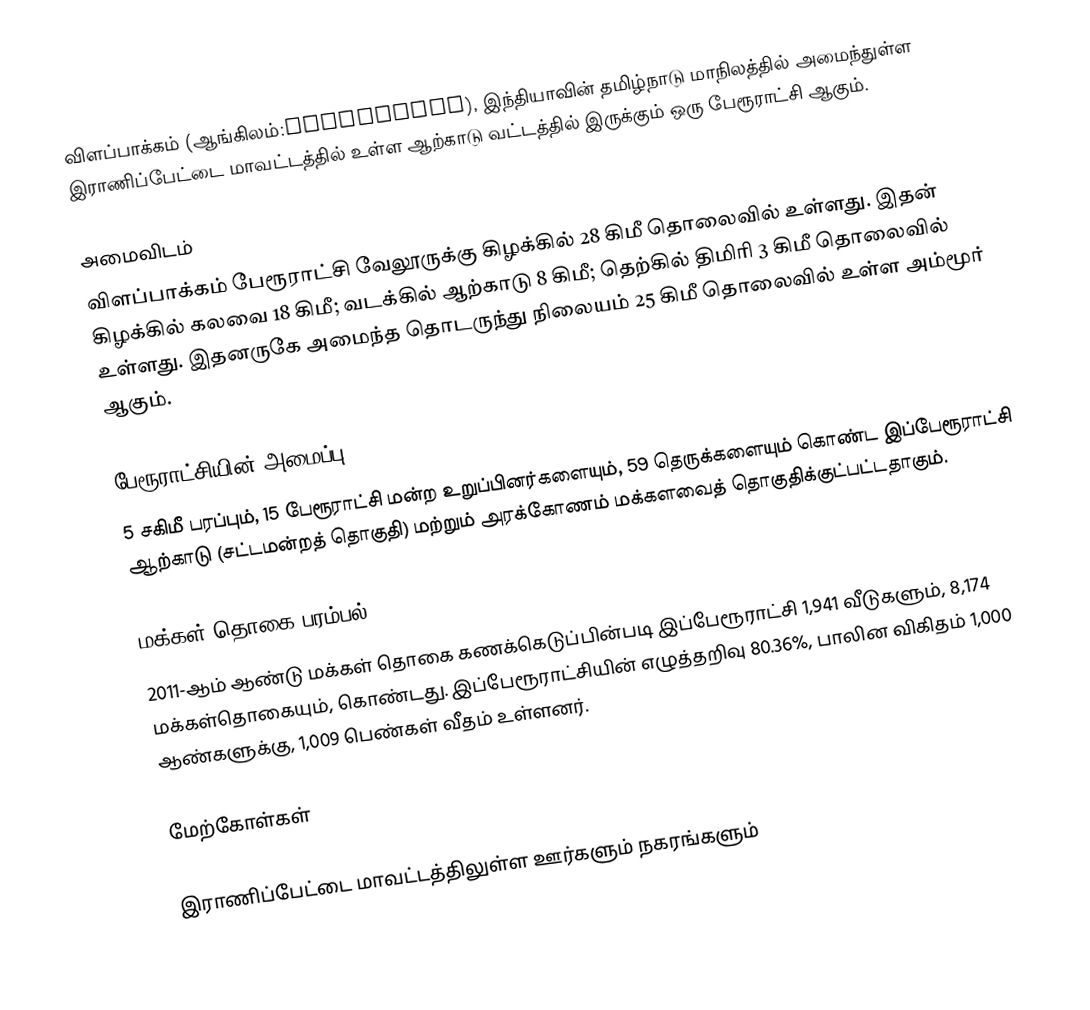
விளப்பாக்கம் (ஆங்கிலம்:Vilapakkam), இந்தியாவின் தமிழ்நாடு மாநிலத்தில் அமைந்துள்ள இராணிப்பேட்டை மாவட்டத்தில் உள்ள ஆற்காடு வட்டத்தில் இருக்கும் ஒரு பேரூராட்சி ஆகும்.

அமைவிடம்
விளப்பாக்கம் பேரூராட்சி வேலூருக்கு கிழக்கில் 28 கிமீ தொலைவில் உள்ளது. இதன் கிழக்கில் கலவை 18 கிமீ; வடக்கில் ஆற்காடு 8 கிமீ; தெற்கில் திமிரி 3 கிமீ தொலைவில் உள்ளது. இதனருகே அமைந்த தொடருந்து நிலையம் 25 கிமீ தொலைவில் உள்ள அம்மூர் ஆகும்.

பேரூராட்சியின் அமைப்பு
5 சகிமீ பரப்பும், 15  பேரூராட்சி மன்ற உறுப்பினர்களையும், 59 தெருக்களையும்  கொண்ட இப்பேரூராட்சி ஆற்காடு (சட்டமன்றத் தொகுதி) மற்றும் அரக்கோணம் மக்களவைத் தொகுதிக்குட்பட்டதாகும்.

மக்கள் தொகை பரம்பல்
2011-ஆம் ஆண்டு மக்கள் தொகை கணக்கெடுப்பின்படி இப்பேரூராட்சி 1,941  வீடுகளும், 8,174 மக்கள்தொகையும், கொண்டது. இப்பேரூராட்சியின் எழுத்தறிவு  80.36%, பாலின விகிதம் 1,000 ஆண்களுக்கு, 1,009 பெண்கள் வீதம் உள்ளனர்.

மேற்கோள்கள்

இராணிப்பேட்டை மாவட்டத்திலுள்ள ஊர்களும் நகரங்களும்